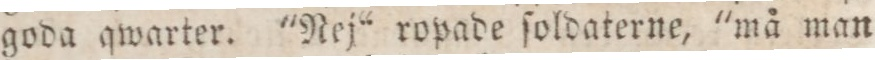
goda qwarter. "Nej“ ropade ſoldaterne, "må man